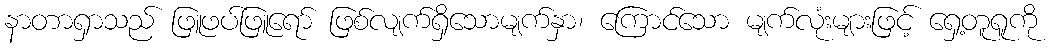
နာတာရှာသည် ဖြူဖပ်ဖြူရော် ဖြစ်လျက်ရှိသောမျက်နှာ၊ ကြောင်သော မျက်လုံးများဖြင့် ရှေ့တူရူကို